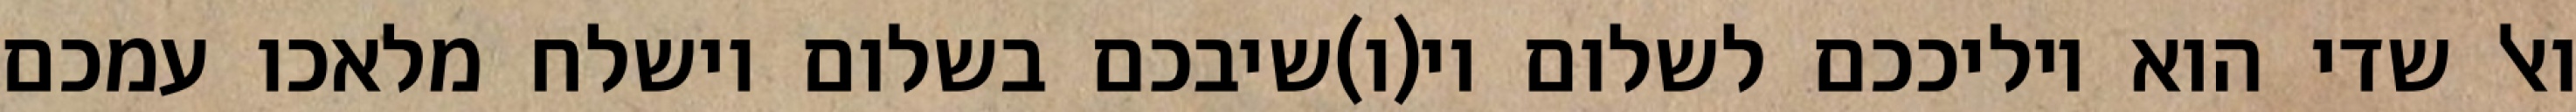
ואל שדי הוא יוליככם לשלום וי(ו)שיבכם בשלום וישלח מלאכו עמכם